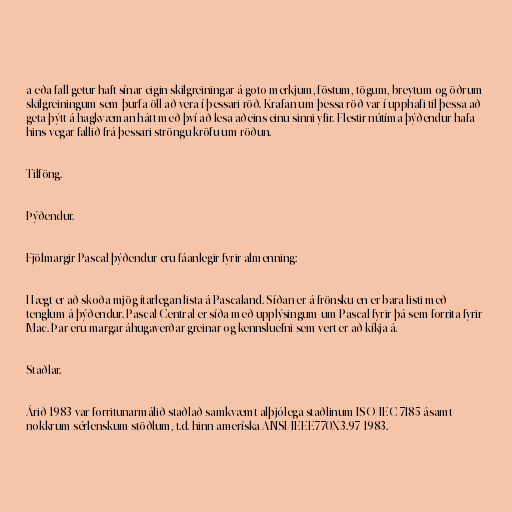
a eða fall getur haft sínar eigin skilgreiningar á goto merkjum, föstum, tögum, breytum og öðrum
skilgreiningum sem þurfa öll að vera í þessari röð. Krafan um þessa röð var í upphafi til þessa að
geta þýtt á hagkvæman hátt með því að lesa aðeins einu sinni yfir. Flestir nútíma þýðendur hafa
hins vegar fallið frá þessari ströngu kröfu um röðun.

Tilföng.

Þýðendur.

Fjölmargir Pascal þýðendur eru fáanlegir fyrir almenning:

Hægt er að skoða mjög ítarlegan lista á Pascaland. Síðan er á frönsku en er bara listi með
tenglum á þýðendur. Pascal Central er síða með upplýsingum um Pascal fyrir þá sem forrita fyrir
Mac. Þar eru margar áhugaverðar greinar og kennsluefni sem vert er að kíkja á.

Staðlar.

Árið 1983 var forritunarmálið staðlað samkvæmt alþjólega staðlinum ISO/IEC 7185 ásamt
nokkrum sérlenskum stöðlum, t.d. hinn ameríska ANSI/IEEE770X3.97-1983.